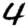
Digit: 4